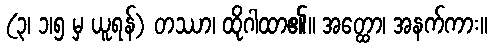
(၃၊ ၁၊၅ မှ ယူရန်) တဿာ၊ ထိုဂါထာ၏။ အတ္ထော၊ အနက်ကား။